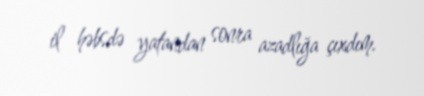
il həbsdə yatandan sonra azadlığa çıxdım.